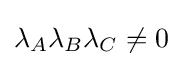
\lambda _{A}\lambda _{B}\lambda _{C}\neq 0